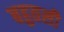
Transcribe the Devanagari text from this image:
बहुतसी